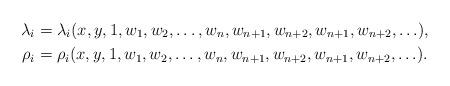
LaTeX: \begin{align*} \lambda_{i} &=\lambda_{i}(x, y, 1, w_{1}, w_{2}, \ldots,w_n, w_{n+1},w_{n+2},w_{n+1},w_{n+2},\ldots),\\ \rho_{i} &=\rho_{i}(x, y, 1, w_{1}, w_{2}, \ldots,w_n, w_{n+1},w_{n+2},w_{n+1},w_{n+2},\ldots). \end{align*}